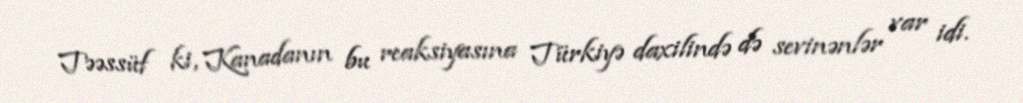
Təəssüf ki, Kanadanın bu reaksiyasına Türkiyə daxilində də sevinənlər var idi.